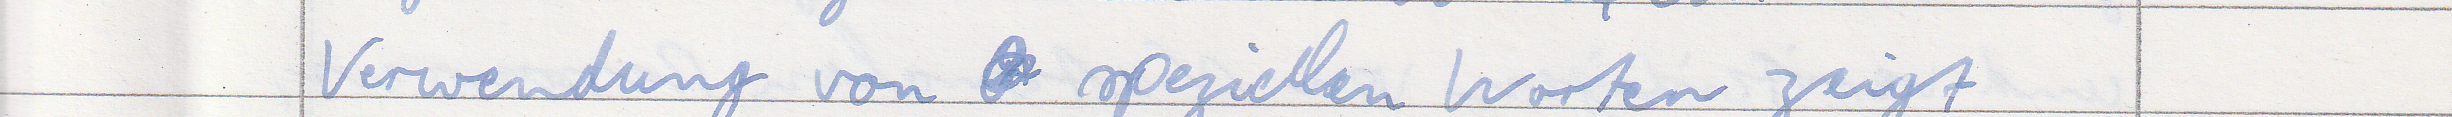
Verwendung von speziellen Worten zeigt